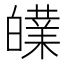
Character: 𰤝